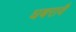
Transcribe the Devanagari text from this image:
घबरावै